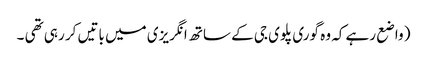
( واضع رہے کہ وہ گوری پلوی جی کے ساتھ انگریزی میں باتیں کر رہی تھی ۔